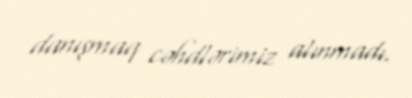
danışmaq cəhdlərimiz alınmadı.